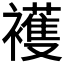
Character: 𧞤